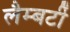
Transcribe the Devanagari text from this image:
लैम्बर्टी